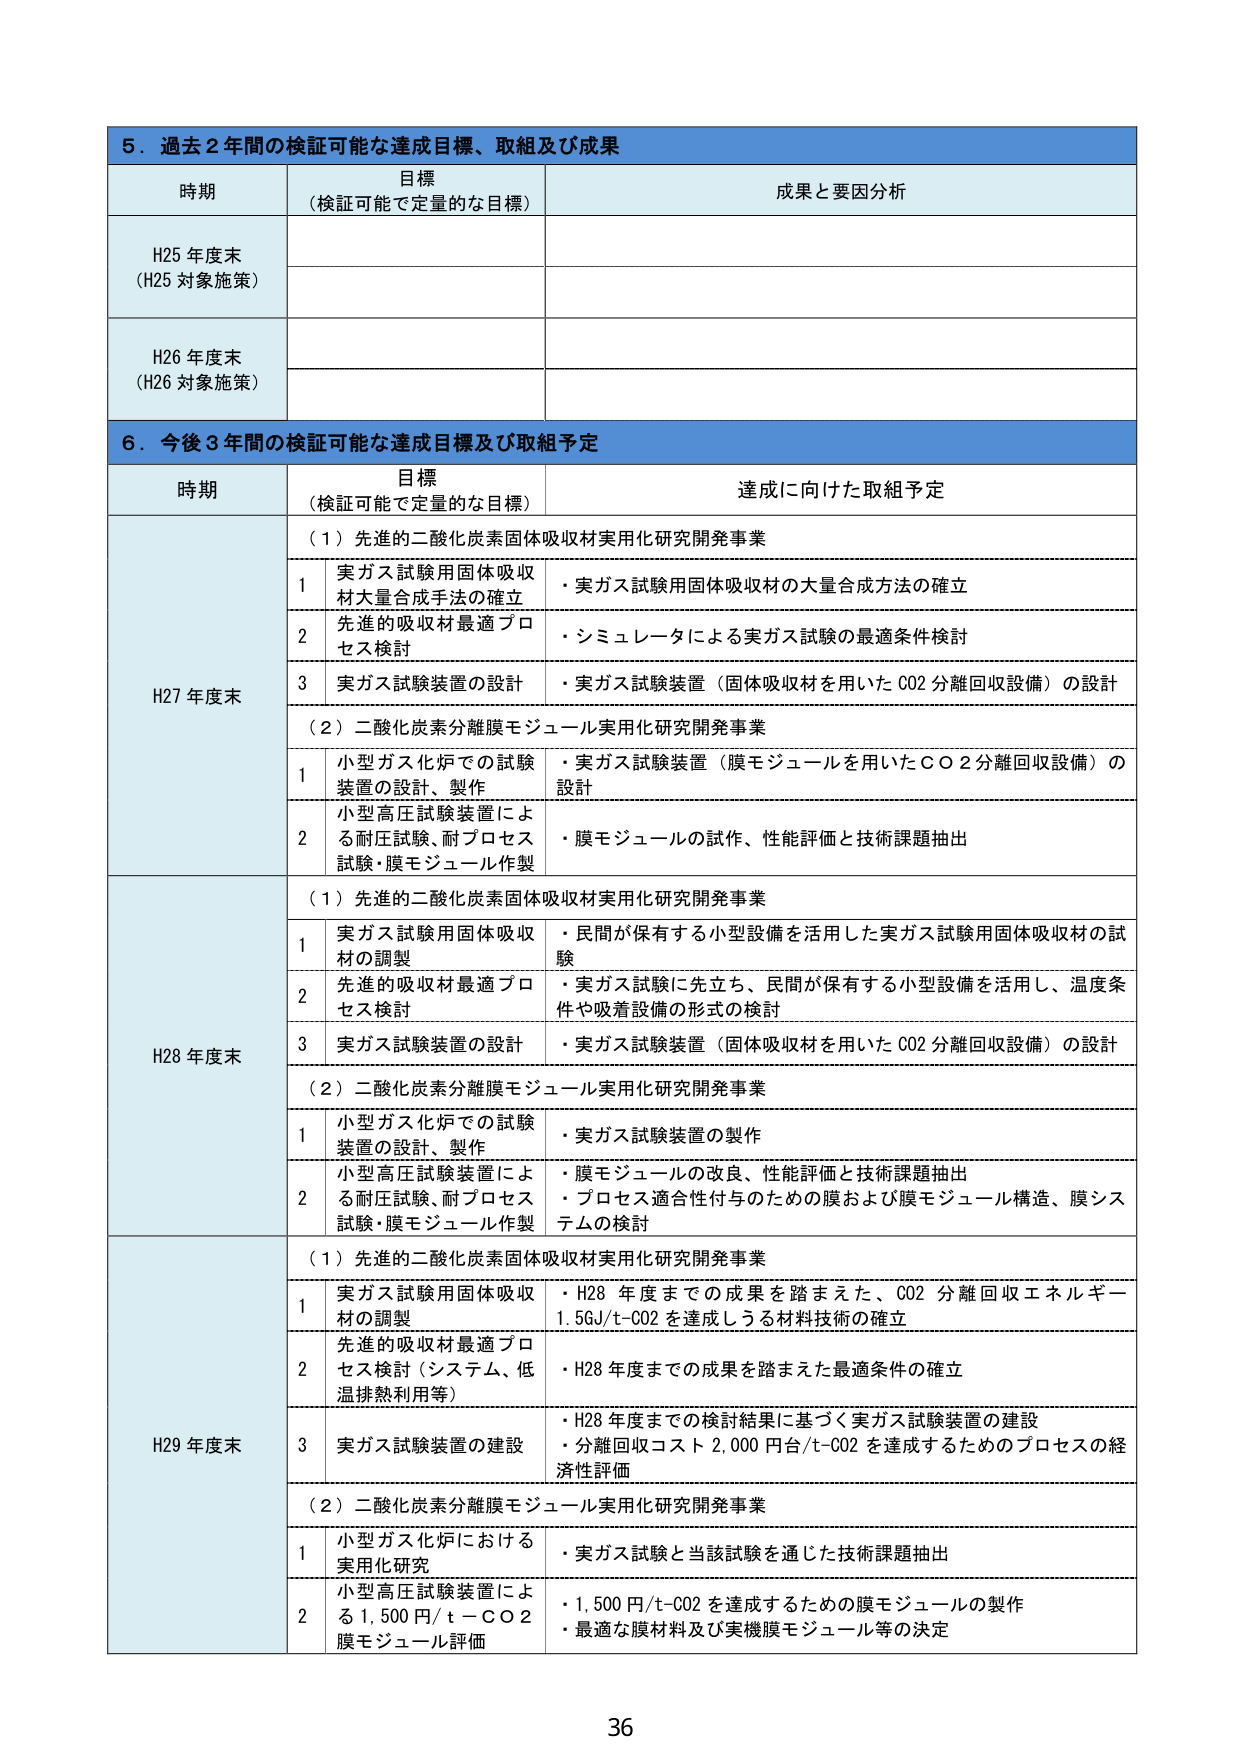
5．過去2年間の検証可能な達成目標、取組及び成果

時期 目標（検証可能で定量的な目標） 成果と要因分析
H25年度末（H25対象施策）
H26年度末（H26対象施策）

6．今後3年間の検証可能な達成目標及び取組予定

時期 目標（検証可能で定量的な目標） 達成に向けた取組予定
H27年度末 （1）先進的二酸化炭素固体吸収材実用化研究開発事業
1 実ガス試験用固体吸収材大量合成手法の確立 ・実ガス試験用固体吸収材の大量合成方法の確立
2 先進的吸収材最適プロセス検討 ・シミュレータによる実ガス試験の最適条件検討
3 実ガス試験装置の設計 ・実ガス試験装置（固体吸収材を用いたCO2分離回収設備）の設計
（2）二酸化炭素分離膜モジュール実用化研究開発事業
1 小型ガス化炉での試験装置の設計、製作 ・実ガス試験装置（膜モジュールを用いたCO2分離回収設備）の設計
2 小型高圧試験装置による耐圧試験、耐プロセス試験・膜モジュール作製 ・膜モジュールの試作、性能評価と技術課題抽出

H28年度末 （1）先進的二酸化炭素固体吸収材実用化研究開発事業
1 実ガス試験用固体吸収材の調製 ・民間が保有する小型設備を活用した実ガス試験用固体吸収材の試験
2 先進的吸収材最適プロセス検討 ・実ガス試験に先立ち、民間が保有する小型設備を活用し、温度条件や吸着設備の形式の検討
3 実ガス試験装置の設計 ・実ガス試験装置（固体吸収材を用いたCO2分離回収設備）の設計
（2）二酸化炭素分離膜モジュール実用化研究開発事業
1 小型ガス化炉での試験装置の設計、製作 ・実ガス試験装置の製作
2 小型高圧試験装置による耐圧試験、耐プロセス試験・膜モジュール作製 ・膜モジュールの改良、性能評価と技術課題抽出
・プロセス適合性付与のための膜および膜モジュール構造、膜システムの検討

H29年度末 （1）先進的二酸化炭素固体吸収材実用化研究開発事業
1 実ガス試験用固体吸収材の調製 ・H28年度までの成果を踏まえた、CO2分離回収エネルギー1.5GJ/t-CO2を達成しうる材料技術の確立
2 先進的吸収材最適プロセス検討（システム、低温排熱利用等） ・H28年度までの成果を踏まえた最適条件の確立
3 実ガス試験装置の建設 ・H28年度までの検討結果に基づく実ガス試験装置の建設
・分離回収コスト2,000円台/t-CO2を達成するためのプロセスの経済性評価
（2）二酸化炭素分離膜モジュール実用化研究開発事業
1 小型ガス化炉における実用化研究 ・実ガス試験と当該試験を通じた技術課題抽出
2 小型高圧試験装置による1,500円/t-CO2膜モジュール評価 ・1,500円/t-CO2を達成するための膜モジュールの製作
・最適な膜材料及び実機膜モジュール等の決定

36